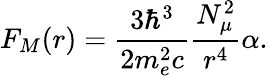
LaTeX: F_{M}(r)=\frac{3\hbar^{3}}{2m_{e}^{2}c}\frac{N_{\mu}^{2}}{r^{4}}\alpha.